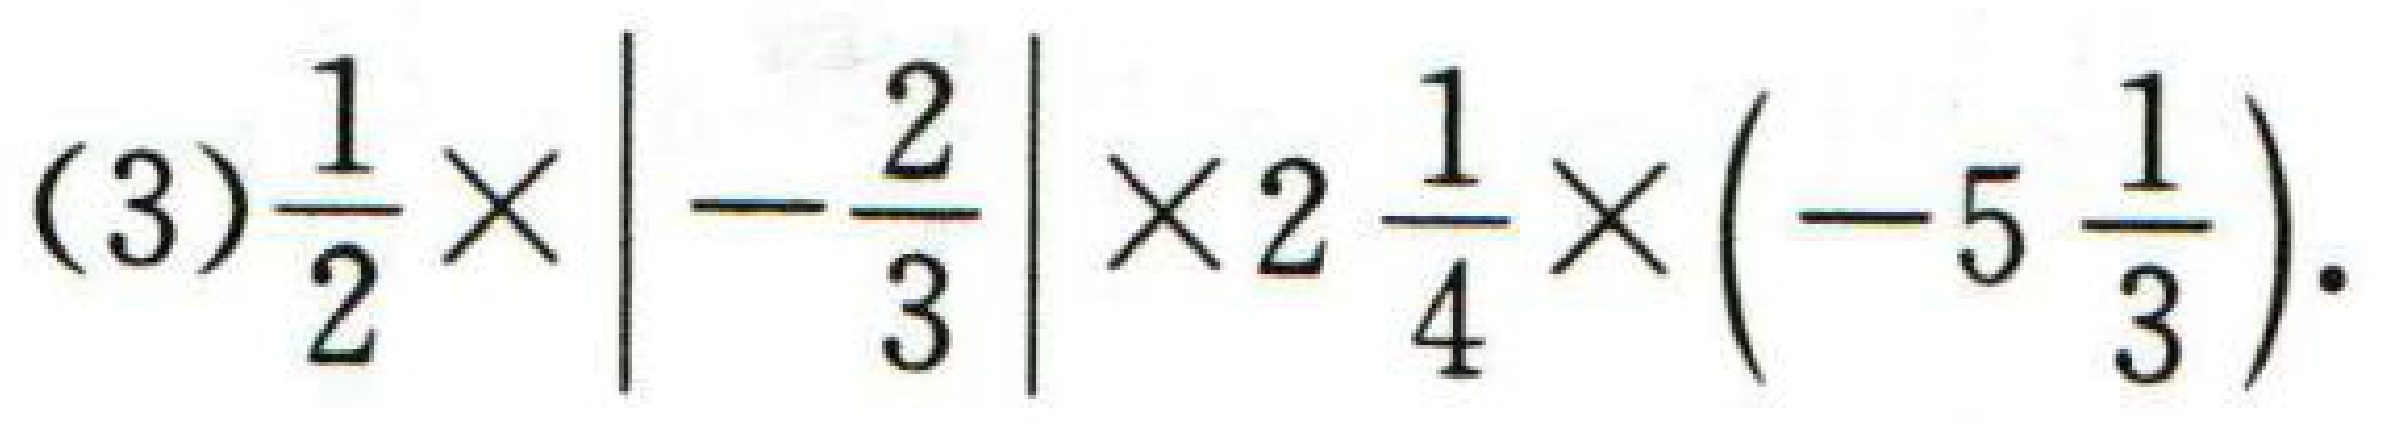
(3)$\frac{1}{2}\times\left|-\frac{2}{3}\right|\times2\frac{1}{4}\times\left(-5\frac{1}{3}\right)$